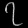
Digit: ၇